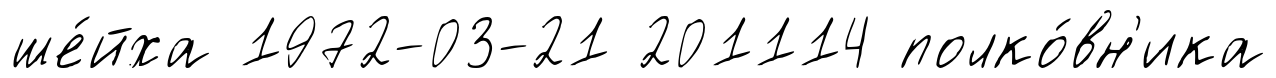
ше́йха 1972-03-21 201114 полко́вн'ика